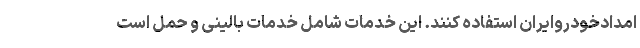
امدادخودروایران استفاده کنند. این خدمات شامل خدمات بالینی و حمل است